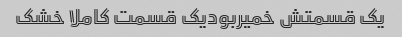
یک قسمتش خمیربودیک قسمت کاملا خشک